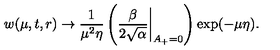
w ( \mu , t , r ) \to \frac { 1 } { \mu ^ { 2 } \eta } \left( \frac { \beta } { 2 \sqrt { \alpha } } \biggl | _ { A _ { + } = 0 } \right) \exp ( - \mu \eta ) .